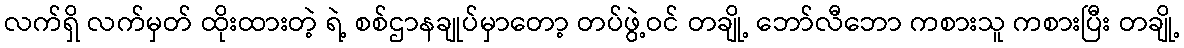
လက်ရှိ လက်မှတ် ထိုးထားတဲ့ ရဲ့ စစ်ဌာနချုပ်မှာတော့ တပ်ဖွဲ့ဝင် တချို့ ဘော်လီဘော ကစားသူ ကစားပြီး တချို့